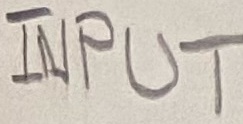
Text: INPUT